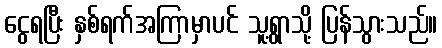
ငွေရပြီး နှစ်ရက်အကြာမှာပင် သူ့ရွာသို့ ပြန်သွားသည်။